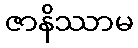
ဇာနိဿာမ